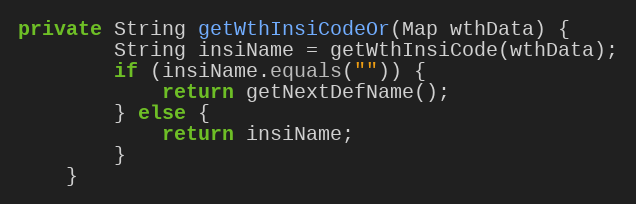
Language: Java
private String getWthInsiCodeOr(Map wthData) {
        String insiName = getWthInsiCode(wthData);
        if (insiName.equals("")) {
            return getNextDefName();
        } else {
            return insiName;
        }
    }